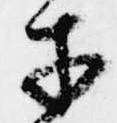
才